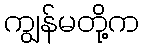
ကျွန်မတို့က